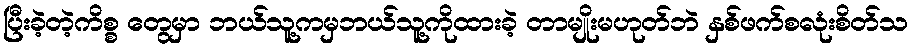
ပြီးခဲ့တဲ့ကိစ္စ တွေမှာ ဘယ်သူ့ကမှဘယ်သူ့ကိုထားခဲ့ တာမျိုးမဟုတ်ဘဲ နှစ်ဖက်စလုံးစိတ်သ